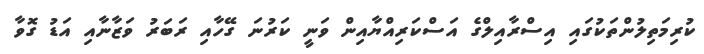
ކުރިމަތިލުންތަކުގައި އިސްރާއިލްގެ އަސްކަރިއްޔާއިން ވަނީ ކަރުނަ ގޭހާއި ރަބަރު ވަޒާނާއި އަޑު ގޮވާ